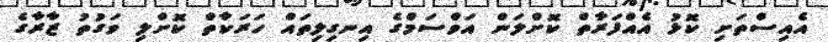
އެއިސްތަށި ކޮޅު އެއްފަރާތް ކޮށްލަން އަވްސަމްގެ އިނގިލިތައް ހަރަކާތް ކޮށްލި ވަގުތު ޒާރާގެ